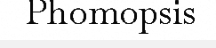
Phomopsis